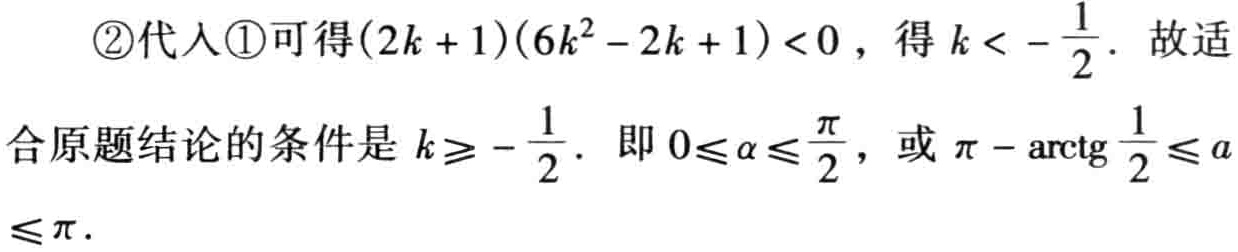
\textcircled{2}代入\textcircled{1}可得\((2k + 1)(6k^{2} - 2k + 1) < 0\)，得\(k < -\frac{1}{2}\)．故适合原题结论的条件是\(k\geqslant -\frac{1}{2}\)．即\(0\leqslant \alpha\leqslant\frac{\pi}{2}\)，或\(\pi - \text{arctg}\frac{1}{2}\leqslant \alpha\leqslant \pi\)．